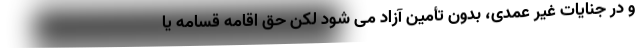
و در جنایات غیر عمدی، بدون تأمین آزاد می شود لکن حق اقامه قسامه یا